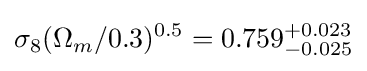
\sigma _{8}(\Omega _{m}/0.3)^{0.5}=0.759_{-0.025}^{+0.023}